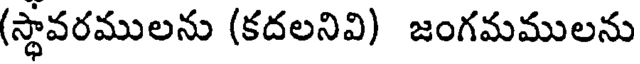
(స్థావరములను (కదలనివి) జంగమములను